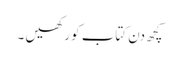
کچھ دن کتاب کو رکھیں ۔